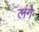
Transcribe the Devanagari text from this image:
लंगे